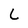
Character: L